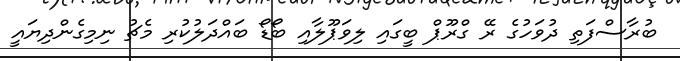
ބުރާސްފަތި ދުވަހުގެ ރޭ ގްރޫޕް ބީގައި ލިވަޕޫލާއި ބޯޑޯ ބައްދަލުކުރި މެޗު ނިމިގެންދިޔައީ